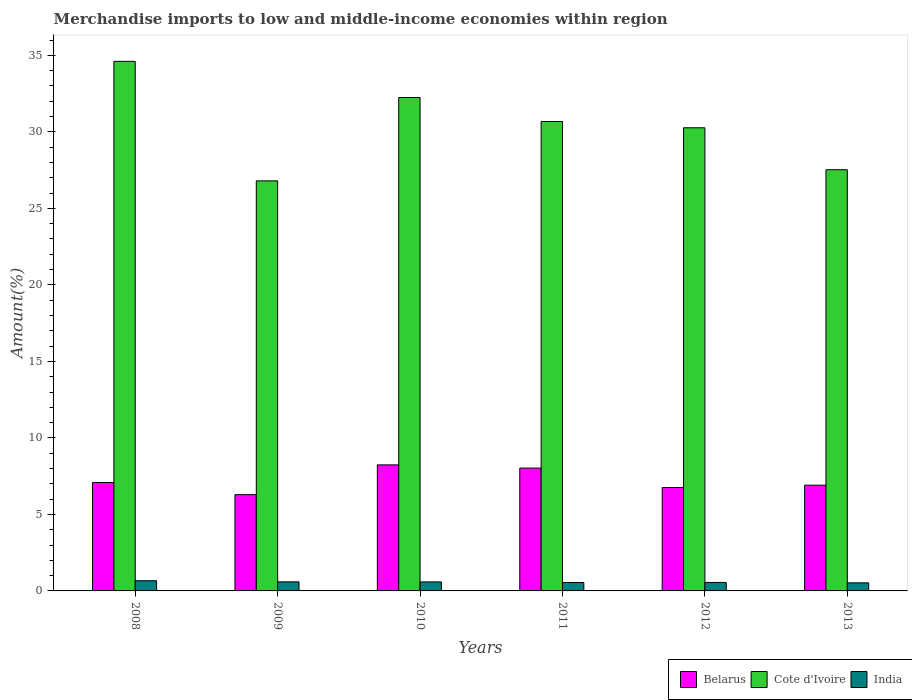
| Years | Belarus | Cote d'Ivoire | India |
 | --- | --- | --- | --- |
 | 2008 | 7.09 | 34.6 | 0.665 |
 | 2009 | 6.29 | 26.8 | 0.593 |
 | 2010 | 8.24 | 32.2 | 0.59 |
 | 2011 | 8.03 | 30.7 | 0.548 |
 | 2012 | 6.76 | 30.3 | 0.554 |
 | 2013 | 6.91 | 27.5 | 0.527 |